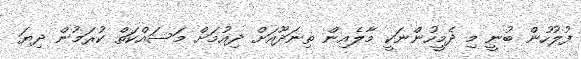
ފުލުހުން ބުނީ މި ދެމީހުންނަކީ މާލެއިން ތިނަދޫއަށް ދިއުމަށް މަސައްކަތް ކުރަމުން ދިޔަ